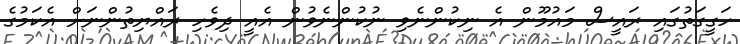
ހަގީގަތުގައި ރައީސް މައުމޫން އެ ނިކުންނެވި ނުކުންނެވުން އެއީ ދިވެހި ރައްޔިތުންނަށް އެކަމުގެ